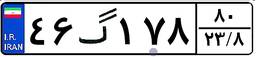
۴۶گ۱۷۸۸۰